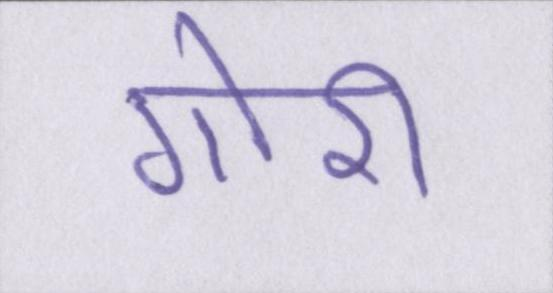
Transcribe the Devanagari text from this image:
गोरी